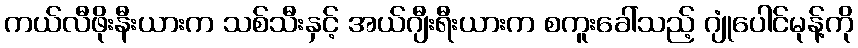
ကယ်လီဖိုးနီးယားက သစ်သီးနှင့် အယ်ဂျီးရီးယားက စကူးခေါ်သည့် ဂျုံပေါင်မုန့်ကို